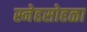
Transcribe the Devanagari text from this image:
स्नेहसोहळा